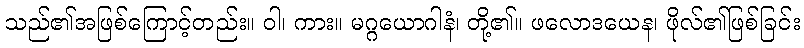
သည်၏အဖြစ်ကြောင့်တည်း။ ဝါ၊ ကား။ မဂ္ဂယောဂါနံ၊ တို့၏။ ဖလောဒယေန၊ ဖိုလ်၏ဖြစ်ခြင်း